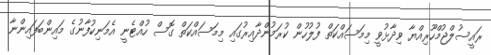
ރައީސުލްޖުމްހޫރިއްޔާ ވިދާޅުވީ މިމަސައްކަތް ފުލުހުން ކުރަމުންދާއިރުގައި މިމަސައްކަތް ގޮސް ހުއްޓެނީ އެމަނިކުފާނުގެ މައިންބަފައިންނާ